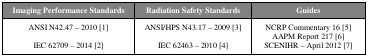
<table><thead><tr><td><b>Imaging Performance Standards</b></td><td><b>Radiation Safety Standards</b></td><td><b>Guides</b></td></tr></thead><tbody><tr><td>ANSI N42.47 – 2010 [1]</td><td>ANSI/HPS N43.17 – 2009[3]</td><td>NCRP Commentary 16 [5]AAPM Report 217 [6]</td></tr><tr><td>IEC 62709 – 2014 [2]</td><td>IEC 62463 – 2010 [4]</td><td>SCENIHR – April 2012 [7]</td></tr></tbody></table>